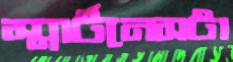
স্মার্টনেসটা